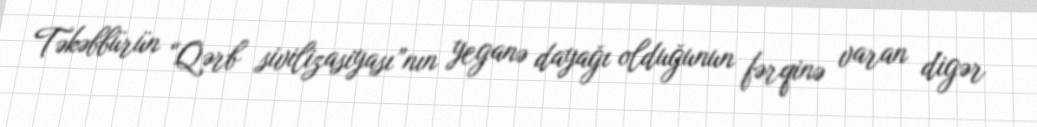
Təkəbbürün “Qərb sivilizasiyası”nın yeganə dayağı olduğunun fərqinə varan digər